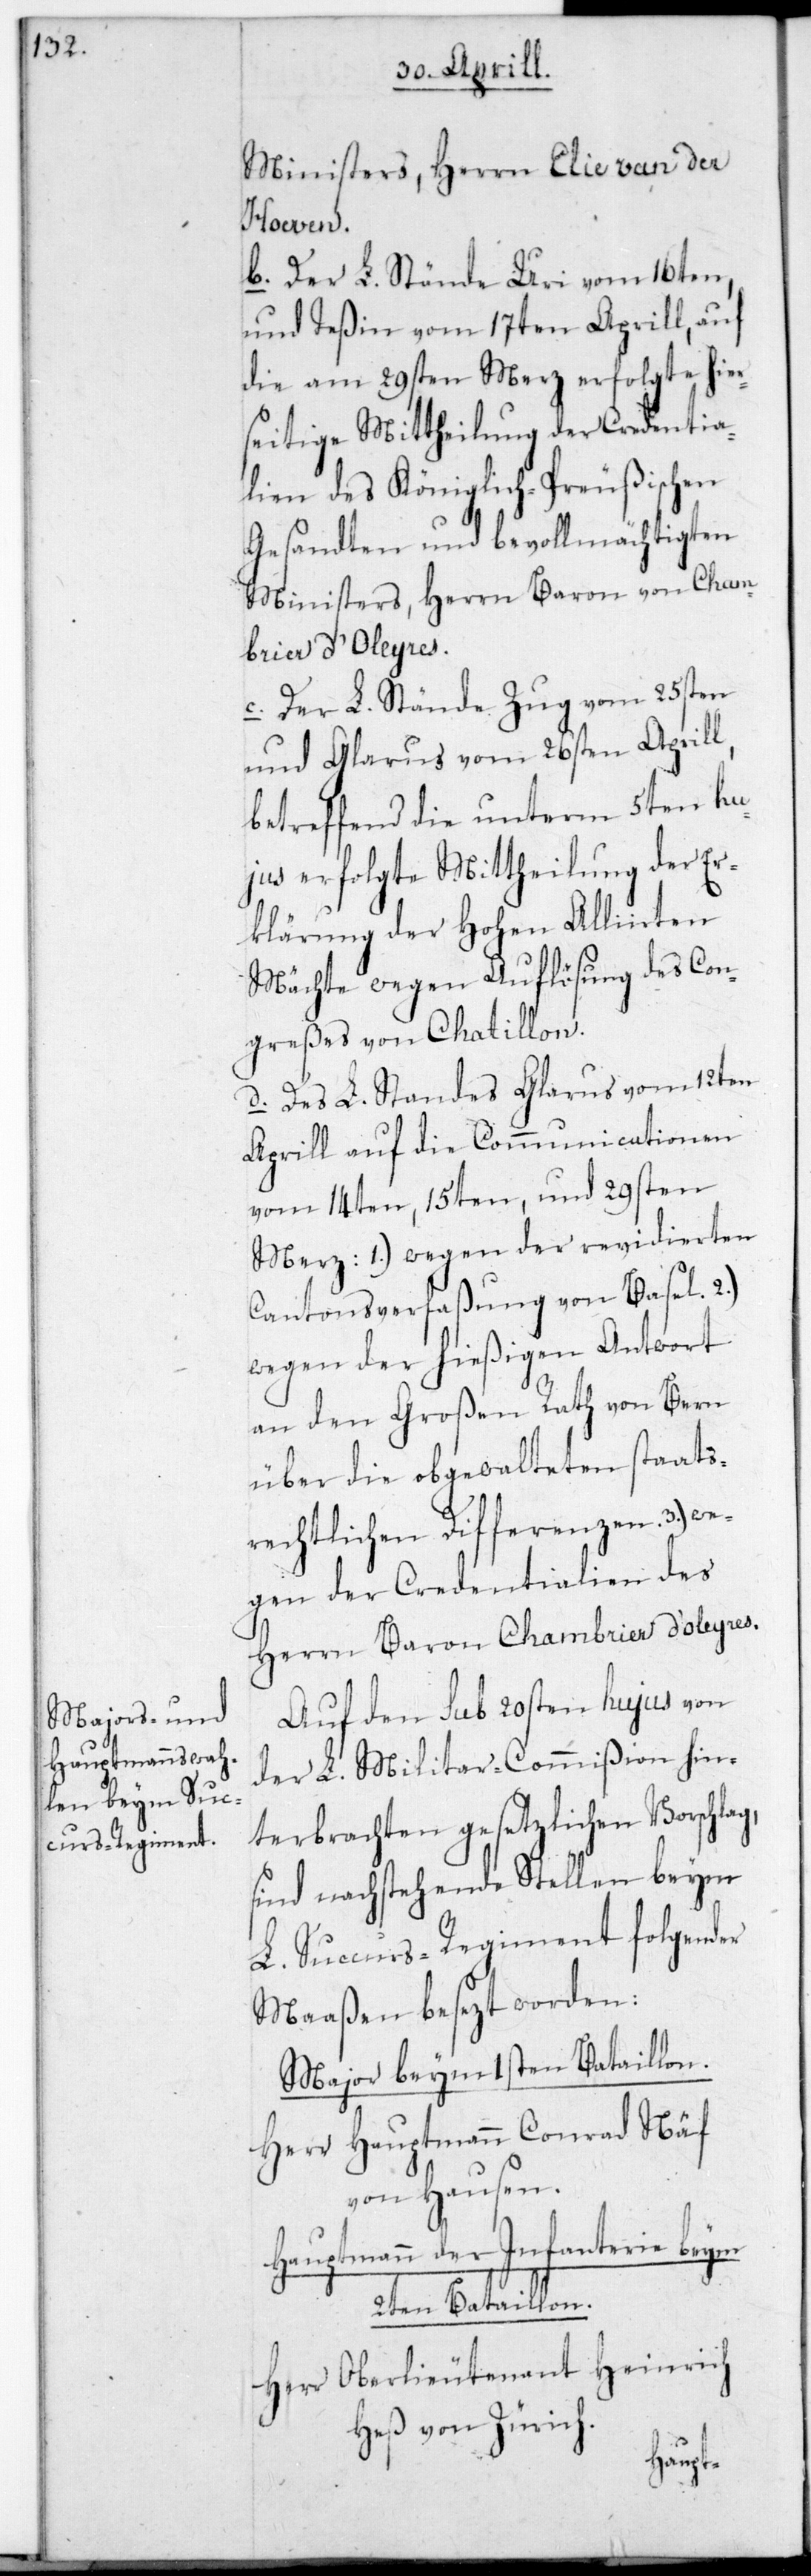
Ministers, Herrn Elie van der
zwey¬
b. Der L. Stände Uri vom 16ten,
und Teßin vom 17ten Aprill, auf
die am 29sten Merz erfolgte hier¬
seitige Mittheilung der Credentia¬
lien des Königlich-Preußischen
Gesandten und bevollmächtigten
Ministers, Herrn Baron von Cham¬
brier d’Oleyres.
c. Der L. Stände Zug vom 25sten
und Glarus vom 26sten Aprill,
betreffend die unterm 5ten hu¬
jus erfolgte Mittheilung der Er¬
klärung der Hohen Alliirten
Mächte wegen Auflösung des Con¬
greßes von Chatillon.
d. Des L. Standes Glarus vom 12ten
Aprill auf die Communicationen
vom 14ten, 15ten und 29sten
Merz: 1. Wegen der revidierten
Cantonsverfaßung von Basel; 2.
Wegen der hießigen Antwort
an den Großen Rath von Bern
über die obgewalteten staats¬
rechtlichen Differenzen; 3. We¬
gen der Credentialien des
Herrn Baron Chambrier d’Oleyres.
Auf den sub 20sten hujus von
der L. Militar-Commißion hin¬
terbrachten gesetzlichen Vorschlag,
sind nachstehende Stellen beym
L. Succurs-Regiment folgender
Maaßen besetzt worden:
Major beym ersten Bataillon.
Herr Hauptmann Conrad Näf
von Hausen.
Hauptmann der Infanterie beym
ten Bataillon.
Herr Oberlieutenant Heinrich
Heß von Zürich.